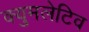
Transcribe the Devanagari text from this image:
क्युमलेटिव